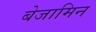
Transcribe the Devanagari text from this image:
बेजामिन